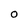
Character: O